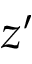
z ^ { \prime }